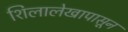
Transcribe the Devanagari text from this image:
शिलालेखापासून